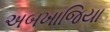
અબખાજિયા